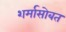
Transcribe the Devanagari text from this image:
शर्मासोबत